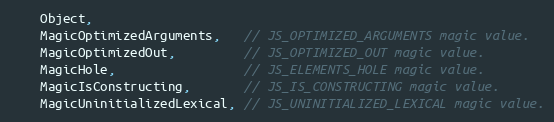
Language: C
    Object,
    MagicOptimizedArguments,   // JS_OPTIMIZED_ARGUMENTS magic value.
    MagicOptimizedOut,         // JS_OPTIMIZED_OUT magic value.
    MagicHole,                 // JS_ELEMENTS_HOLE magic value.
    MagicIsConstructing,       // JS_IS_CONSTRUCTING magic value.
    MagicUninitializedLexical, // JS_UNINITIALIZED_LEXICAL magic value.